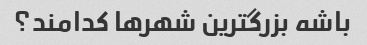
باشه بزرگترین شهرها کدامند؟